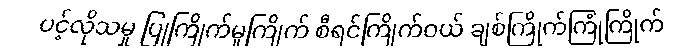
ပင့်လိုသမှု ပြုကြိုက်မူကြိုက် စီရင်ကြိုက်ဝယ် ချစ်ကြိုက်ကြုံကြိုက်